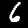
Label: 6